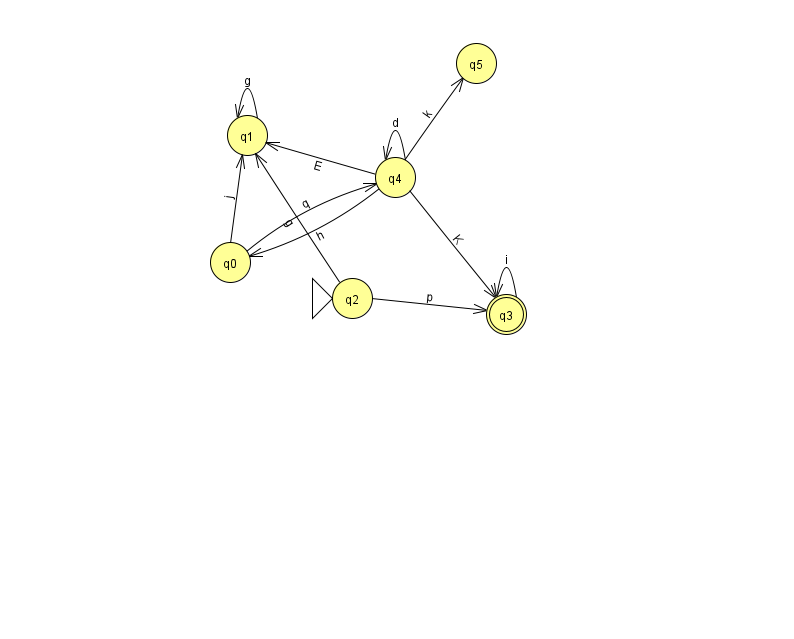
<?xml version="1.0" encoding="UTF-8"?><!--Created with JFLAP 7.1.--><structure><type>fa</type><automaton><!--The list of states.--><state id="0" name="q0"><x>230.0</x><y>249.0</y></state><state id="1" name="q1"><x>247.0</x><y>122.0</y></state><state id="2" name="q2"><x>352.0</x><y>285.0</y><initial/></state><state id="3" name="q3"><x>506.0</x><y>301.0</y><final/></state><state id="4" name="q4"><x>395.0</x><y>164.0</y></state><state id="5" name="q5"><x>476.0</x><y>50.0</y></state><!--The list of transitions.--><transition><from>0</from><to>1</to><read>j</read></transition><transition><from>4</from><to>0</to><read>h</read></transition><transition><from>2</from><to>1</to><read>g</read></transition><transition><from>4</from><to>3</to><read>K</read></transition><transition><from>4</from><to>4</to><read>d</read></transition><transition><from>4</from><to>5</to><read>k</read></transition><transition><from>1</from><to>1</to><read>g</read></transition><transition><from>4</from><to>1</to><read>E</read></transition><transition><from>0</from><to>4</to><read>q</read></transition><transition><from>3</from><to>3</to><read>i</read></transition><transition><from>2</from><to>3</to><read>p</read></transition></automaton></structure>